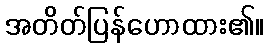
အတိတ်ပြန်ဟောထား၏။